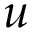
u